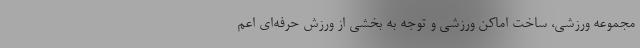
مجموعه ورزشی، ساخت اماکن ورزشی و توجه به بخشی از ورزش حرفه‌ای اعم